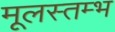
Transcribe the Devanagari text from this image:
मूलस्तम्भ